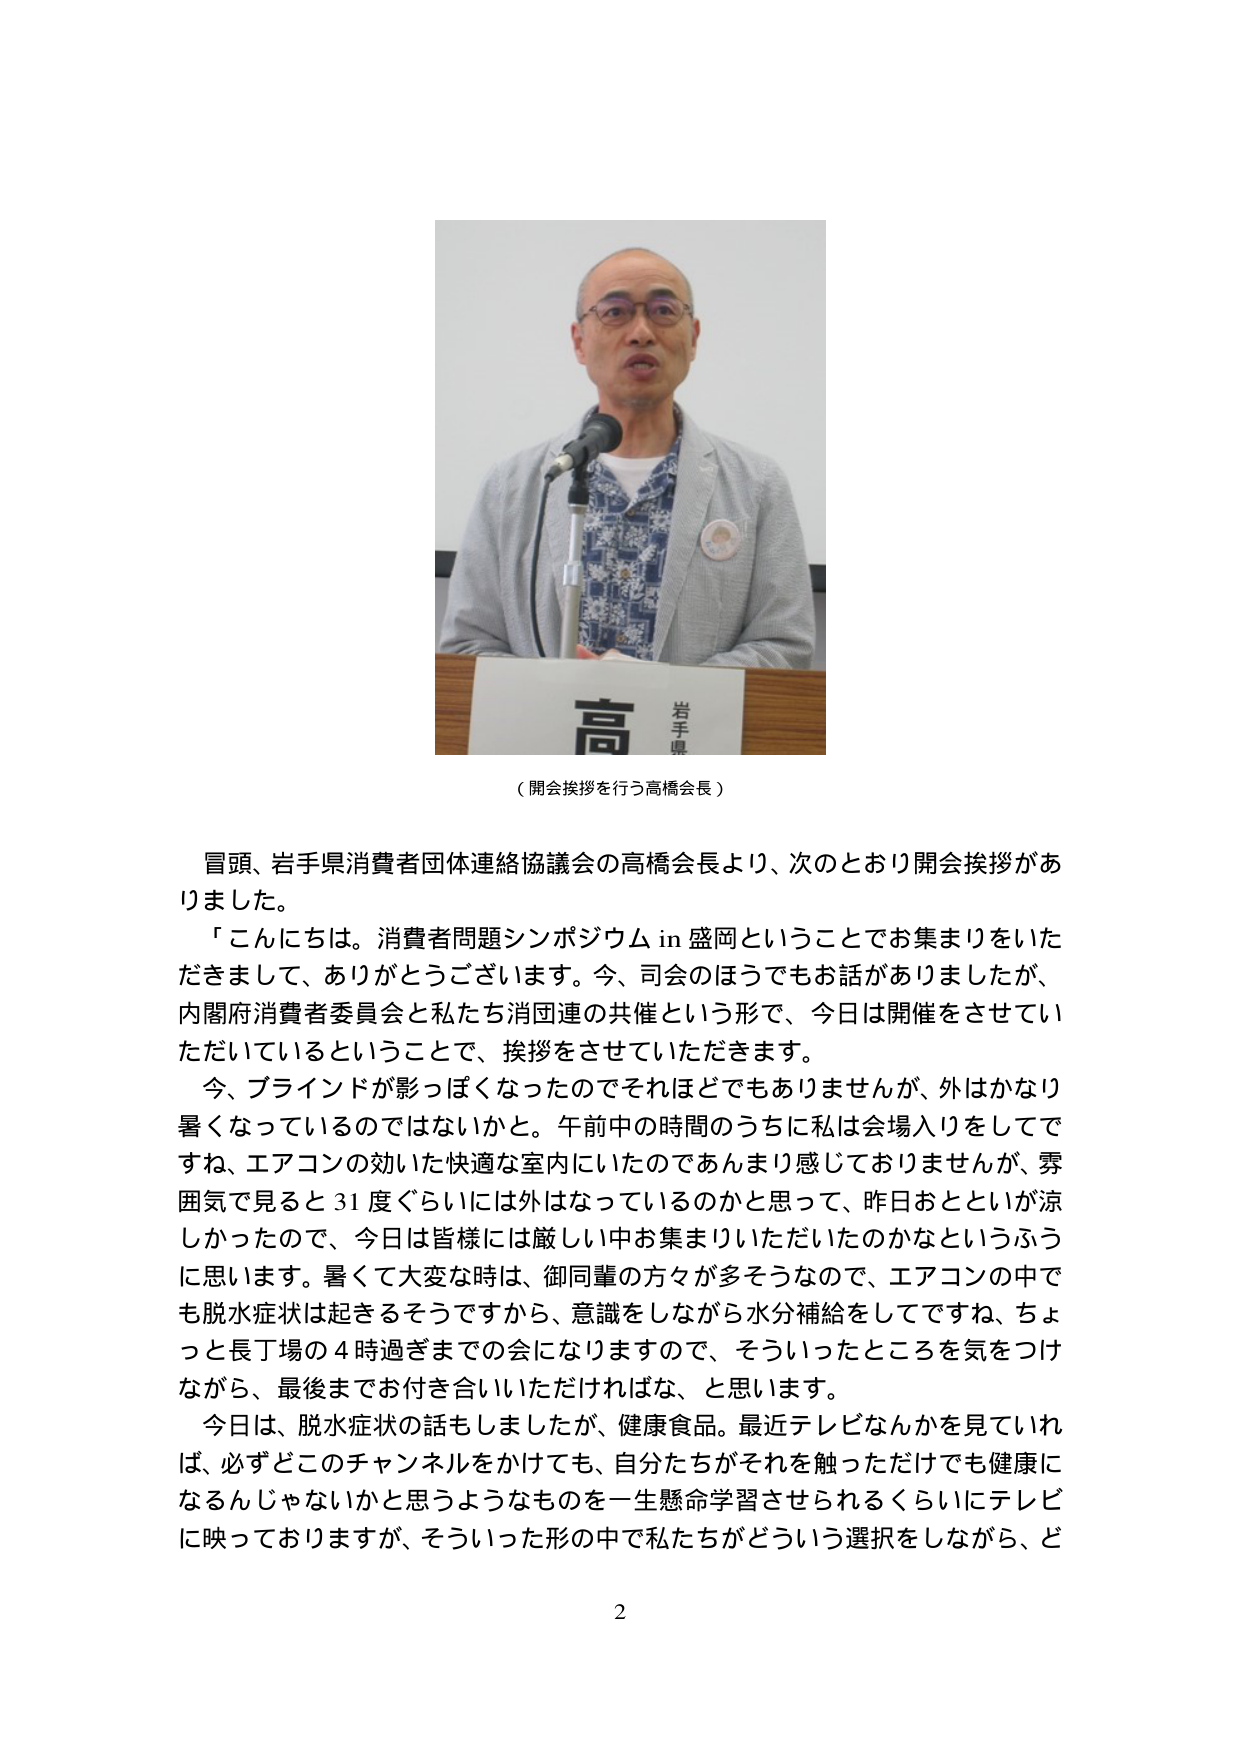
（開会挨拶を行う高橋会長）

冒頭、岩手県消費者団体連絡協議会の高橋会長より、次のとおり開会挨拶がありました。

「こんにちは。消費者問題シンポジウム in 盛岡ということでお集まりをいただきまして、ありがとうございます。今、司会のほうでもお話がありましたが、内閣府消費者委員会と私たち消団連の共催という形で、今日は開催をさせていただいているということで、挨拶をさせていただきます。

今、ブラインドが影っぽくなったのでそれほどでもありませんが、外はかなり暑くなっているのではないでしょうか。午前中の時間のうちに私は会場入りをしてですね、エアコンの効いた快適な室内にいたのであんまり感じておりませんが、雰囲気で見ると31度ぐらいには外はなっているのかと思って、昨日おとといが涼しかったので、今日は皆様には厳しい中お集まりいただいたのかなというふうに思います。暑くて大変な時は、御同輩の方々が多そうなので、エアコンの中でも脱水症状は起きるそうですから、意識をしながら水分補給をしてですね、ちょっと長丁場の4時過ぎまでの会になりますので、そういったところを気をつけながら、最後までお付き合いいただければな、と思います。

今日は、脱水症状の話もしましたが、健康食品。最近テレビなんかを見ていれば、必ずどこのチャンネルをかけても、自分たちがそれを触っただけでも健康になるんじゃないかと思うようなものを一生懸命学習させられるくらいにテレビに映っておりますが、そういった形の中で私たちがどういう選択をしながら、ど

2